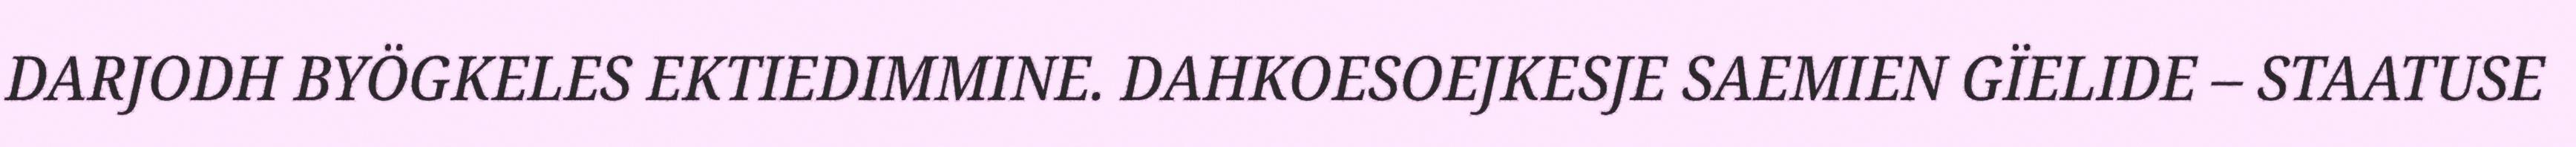
DARJODH BYÖGKELES EKTIEDIMMINE. DAHKOESOEJKESJE SAEMIEN GÏELIDE – STAATUSE